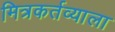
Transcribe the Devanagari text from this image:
मित्रकर्तव्याला